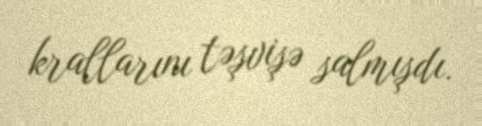
krallarını təşvişə salmışdı.